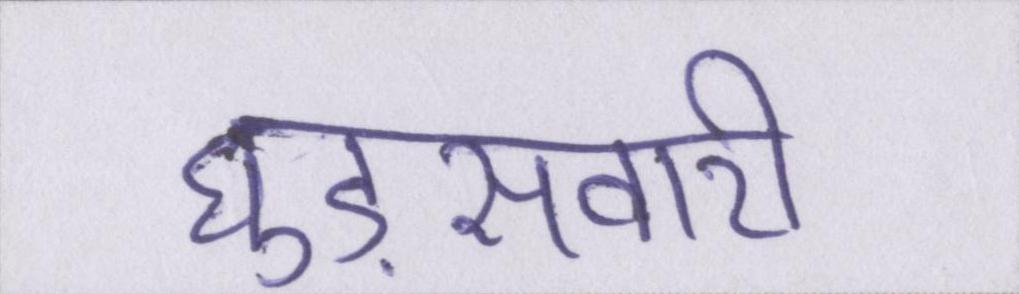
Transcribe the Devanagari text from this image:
घुड़सवारी